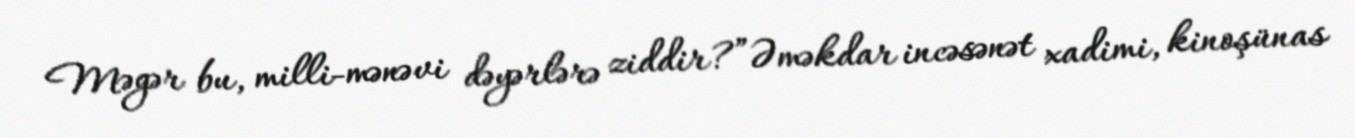
Məgər bu, milli-mənəvi dəyərlərə ziddir?”Əməkdar incəsənət xadimi, kinoşünas